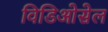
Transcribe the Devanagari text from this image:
विडिओसेल